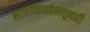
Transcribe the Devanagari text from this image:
साप्ताहिकांमधूनही